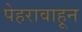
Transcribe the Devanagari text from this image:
पेहरावाहून